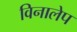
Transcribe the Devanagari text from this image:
विनालेप